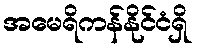
အမေရိကန်နိုင်ငံရှိ